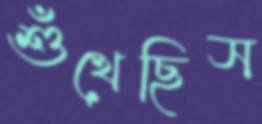
শুঁখেছিস